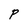
Character: P